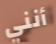
أنني